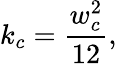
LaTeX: k_{c}=\frac{w_{c}^{2}}{12},